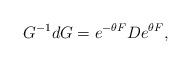
LaTeX: \begin{align*}G^{-1}d G=e^{-\theta F} D e^{\theta F}, \end{align*}